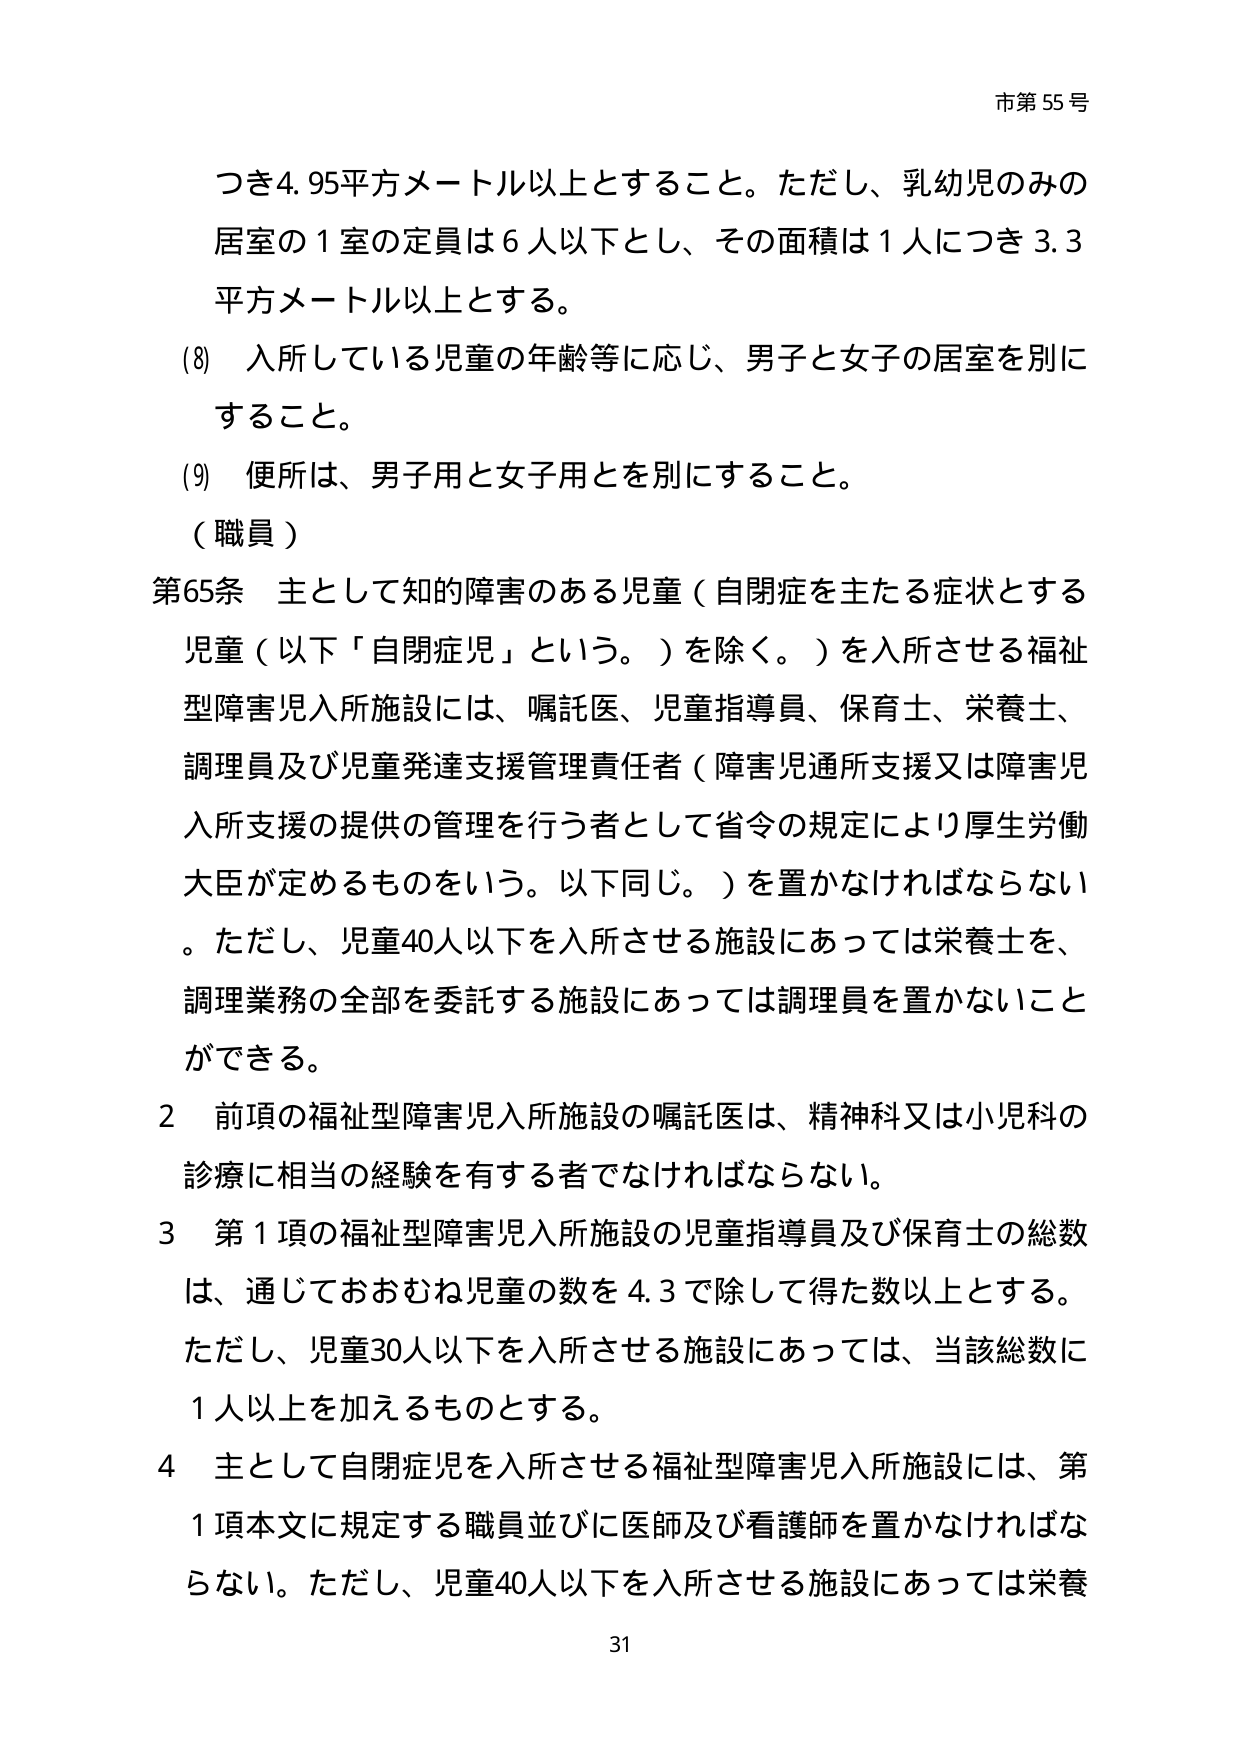
市第55号

つき4.95平方メートル以上とすること。ただし、乳幼児のみの
居室の1室の定員は6人以下とし、その面積は1人につき3.3
平方メートル以上とする。

(8) 入所している児童の年齢等に応じ、男子と女子の居室を別に
すること。

(9) 便所は、男子用と女子用とを別にすること。

（職員）

第65条 主として知的障害のある児童（自閉症を主たる症状とする
児童（以下「自閉症児」という。）を除く。）を入所させる福祉
型障害児入所施設には、嘱託医、児童指導員、保育士、栄養士、
調理員及び児童発達支援管理責任者（障害児通所支援又は障害児
入所支援の提供の管理を行う者として省令の規定により厚生労働
大臣が定めるものをいう。以下同じ。）を置かなければならない
。ただし、児童40人以下を入所させる施設にあっては栄養士を、
調理業務の全部を委託する施設にあっては調理員を置かないこと
ができる。

2 前項の福祉型障害児入所施設の嘱託医は、精神科又は小児科の
診療に相当の経験を有する者でなければならない。

3 第1項の福祉型障害児入所施設の児童指導員及び保育士の総数
は、通じておおむね児童の数を4.3で除して得た数以上とする。
ただし、児童30人以下を入所させる施設にあっては、当該総数に
1人以上を加えるものとする。

4 主として自閉症児を入所させる福祉型障害児入所施設には、第
1項本文に規定する職員並びに医師及び看護師を置かなければな
らない。ただし、児童40人以下を入所させる施設にあっては栄養

31